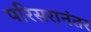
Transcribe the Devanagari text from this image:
परिसरानंतर